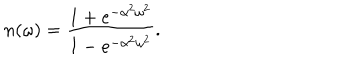
n ( \omega ) = { \frac { 1 + e ^ { - \alpha ^ { 2 } \omega ^ { 2 } } } { 1 - e ^ { - \alpha ^ { 2 } \omega ^ { 2 } } } } .